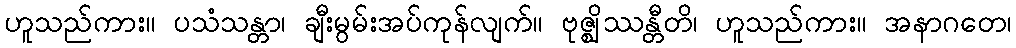
ဟူသည်ကား။ ပသံသန္တာ၊ ချီးမွမ်းအပ်ကုန်လျက်။ ဗုဇ္ဈိဿန္တီတိ၊ ဟူသည်ကား။ အနာဂတေ၊